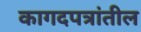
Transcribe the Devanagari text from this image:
कागदपत्रांतील